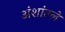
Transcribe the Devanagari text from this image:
अंशांतले